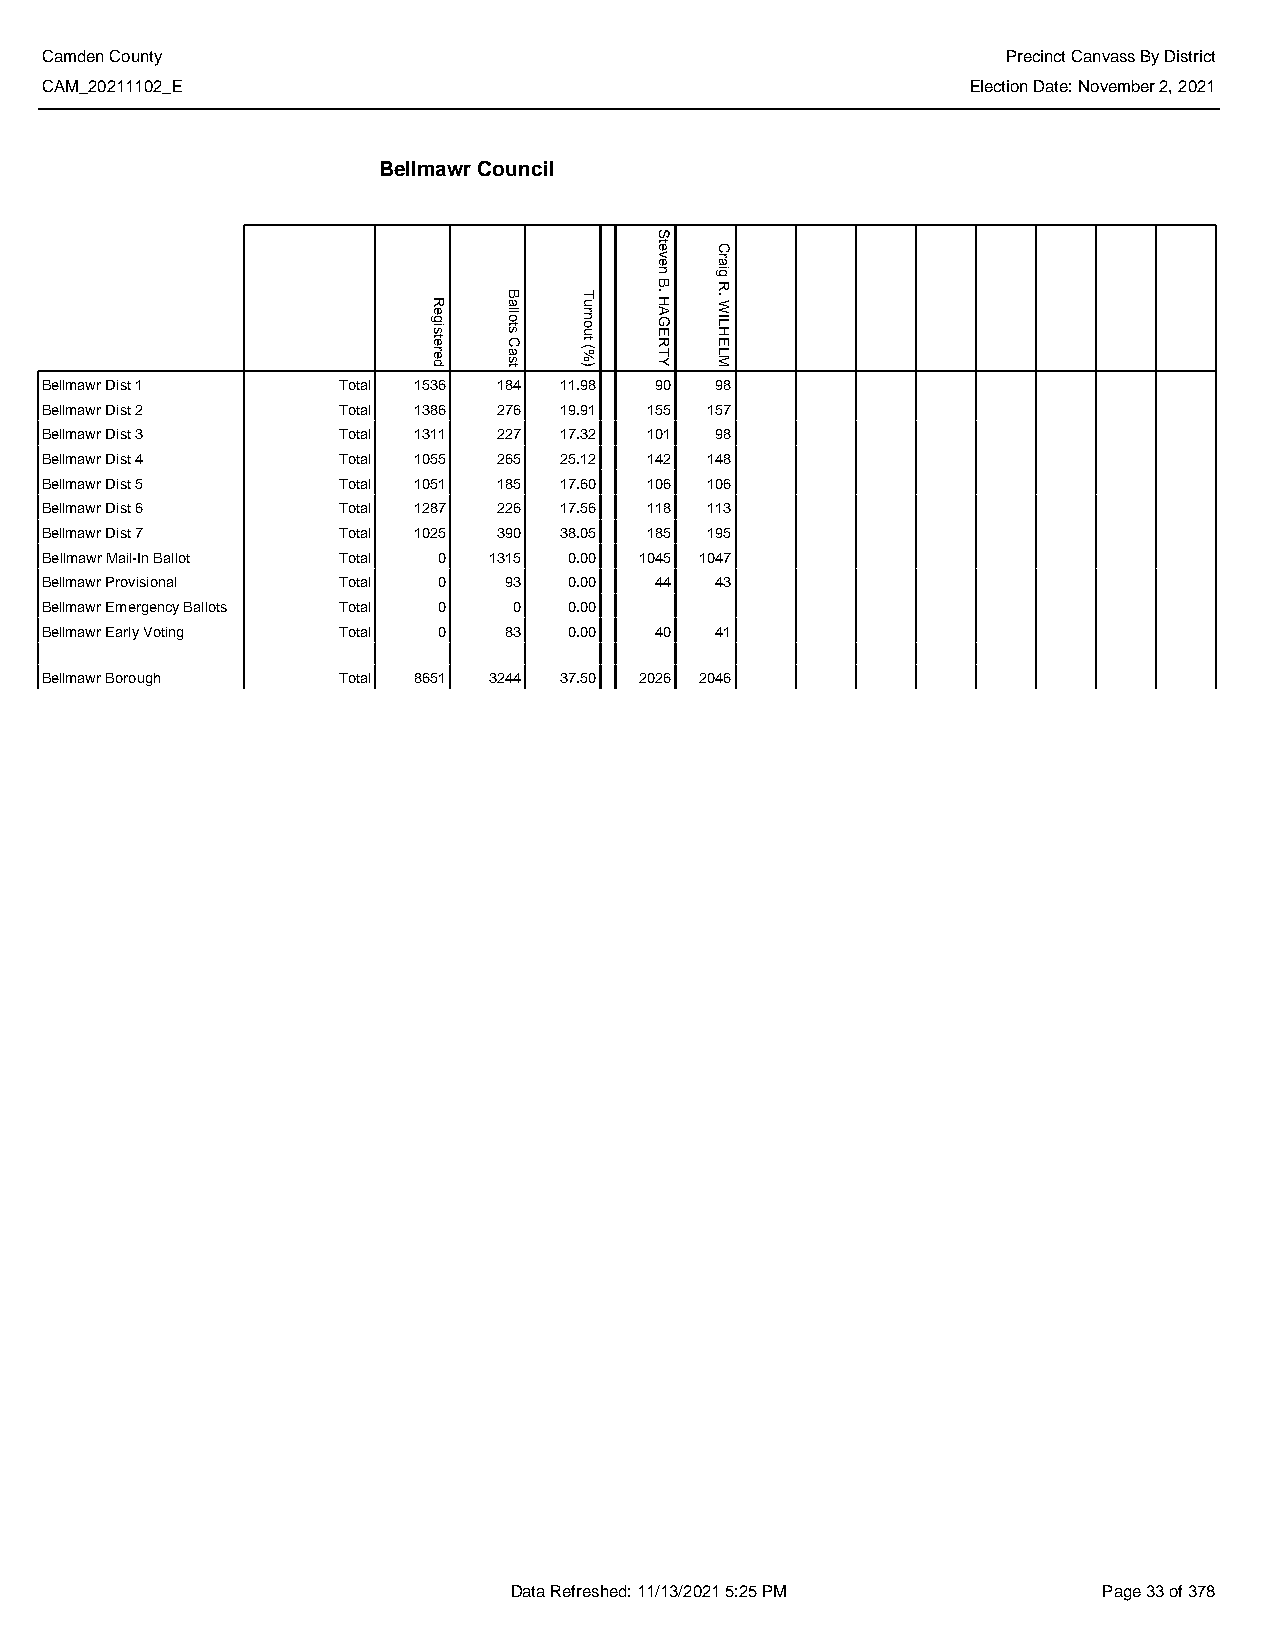
Camden County                                                   Precinct Canvass By District
 CAM_20211102_E                                               Election Date: November 2, 2021
 Bellmawr Council
 Bellmawr Dist 1    Total 1536 184 11.98 90  98
 Bellmawr Dist 2    Total 1386 276 19.91 155 157
 Bellmawr Dist 3    Total 1311 227 17.32 101 98
 Bellmawr Dist 4    Total 1055 265 25.12 142 148
 Bellmawr Dist 5    Total 1051 185 17.60 106 106
 Bellmawr Dist 6    Total 1287 226 17.56 118 113
 Bellmawr Dist 7    Total 1025 390 38.05 185 195
 Bellmawr Mail-In Ballot Total 0 1315 0.00 1045 1047
 Bellmawr Provisional Total 0  93   0.00 44  43
 Bellmawr Emergency Ballots Total 0 0 0.00
 Bellmawr Early Voting Total 0 83   0.00 40  41
 Bellmawr Borough   Total 8651 3244 37.50 2026 2046
 Data Refreshed: 11/13/2021 5:25 PM     Page 33 of 378
 Registered
 Ballots
 Cast
 Turnout
 (%)
 Steven
 B.
 HAGERTY
 Craig
 R.
 WILHELM